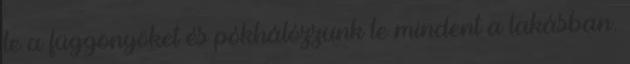
le a függönyöket és pókhálózzunk le mindent a lakásban.